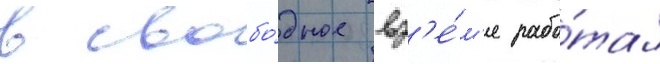
в свобо́дное вр'е́м'я рабо́тал